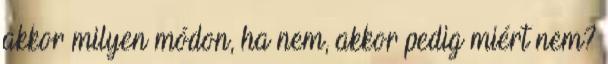
akkor milyen módon, ha nem, akkor pedig miért nem?